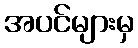
အပင်များမှ